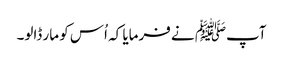
آپﷺ نے فرمایا کہ اُس کو مار ڈالو۔